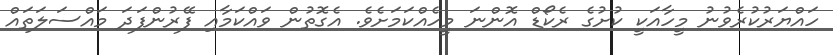
ހައްޔަރުކުރެވުނު މީހާއަކީ ކުށުގެ ރެކޯޑް އޮންނަ މީހެއްކަމަށެވެ. އެގޮތުން ވައްކަމާއި ފޭރުންފަދަ މައްސަލަތައް